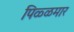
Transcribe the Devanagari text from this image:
पिळ्ळमार